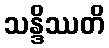
သန္ဒိဿတိ